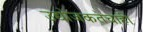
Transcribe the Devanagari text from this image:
उद्योजकतेचाही